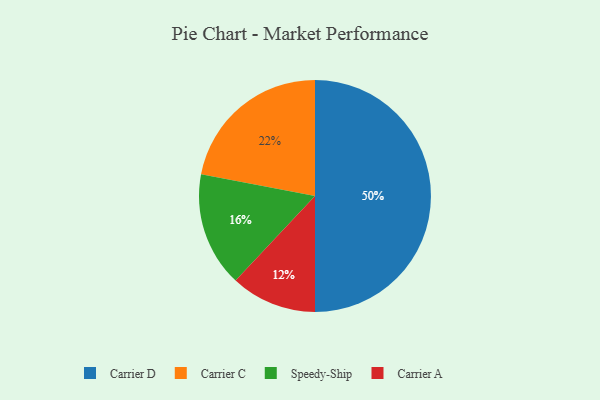
{"axis": {"x": "Category", "y": "Percentage"}, "legend": ["Carrier A", "Carrier C", "Carrier D", "Speedy-Ship"], "data": [{"x": "Speedy-Ship", "y": 16, "type": "Speedy-Ship"}, {"x": "Carrier C", "y": 22, "type": "Carrier C"}, {"x": "Carrier D", "y": 50, "type": "Carrier D"}, {"x": "Carrier A", "y": 12, "type": "Carrier A"}]}